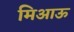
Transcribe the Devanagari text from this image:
मिआऊ